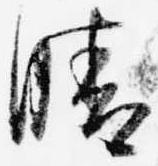
晴